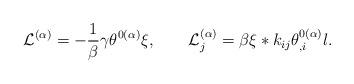
LaTeX: \begin{align*}{\cal L}^{(\alpha)}=-\frac{1}{\beta}\gamma\theta^{0(\alpha)}\xi,\qquad{\cal L}_{j}^{(\alpha)}=\beta\xi*k_{ij}\theta_{,i}^{0(\alpha)}l.\end{align*}